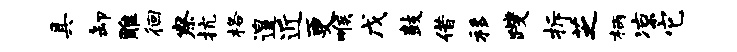
具卸雕徊察抗格遑近更喉戊鼓借移躞拆芝柄凉它